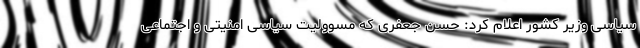
سیاسی وزیر کشور اعلام کرد: حسن جعفری که مسوولیت سیاسی امنیتی و اجتماعی